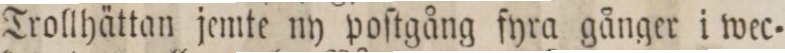
Trollhättan jemte ny poſtgång fyra gånger i wec=